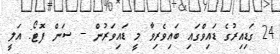
24 ގަޑިއިރުގެ ޑައިވްގައި ބައިވެރިވާ މީ ޑައިވަރުން -- ސަން ފޮޓޯ: އަލީ